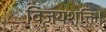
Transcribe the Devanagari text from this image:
विजयशक्ति।